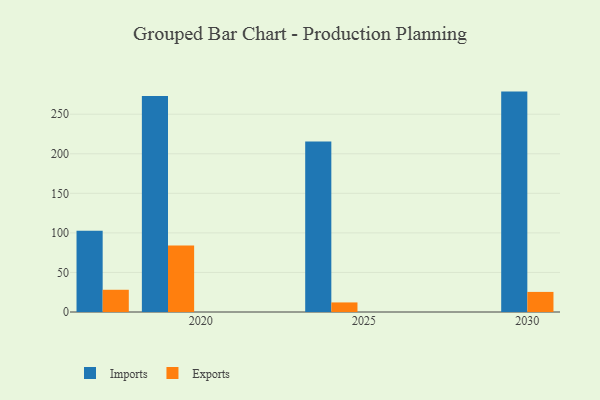
{"axis": {"x": "Year", "y": "Demand Index"}, "legend": ["Exports", "Imports"], "data": [{"x": "2019", "y": 273.1, "type": "Imports"}, {"x": "2019", "y": 84.2, "type": "Exports"}, {"x": "2030", "y": 278.6, "type": "Imports"}, {"x": "2030", "y": 25.4, "type": "Exports"}, {"x": "2024", "y": 215.6, "type": "Imports"}, {"x": "2024", "y": 12.1, "type": "Exports"}, {"x": "2017", "y": 102.7, "type": "Imports"}, {"x": "2017", "y": 28.1, "type": "Exports"}]}